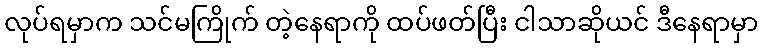
လုပ်ရမှာက သင်မကြိုက် တဲ့နေရာကို ထပ်ဖတ်ပြီး ငါသာဆိုယင် ဒီနေရာမှာ